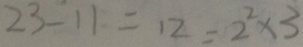
2 3 - 1 1 = 1 2 = 2 ^ { 2 } \times 3